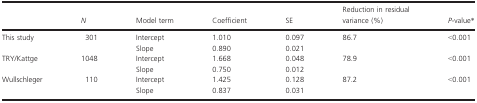
<table><thead><tr><td></td><td><b><i>N</i></b></td><td><b>Model term</b></td><td><b>Coefficient</b></td><td><b>SE</b></td><td><b>Reduction in residual variance (%)</b></td><td><b><i>P</i>-value*</b></td></tr></thead><tbody><tr><td>This study</td><td>301</td><td>Intercept</td><td>1.010</td><td>0.097</td><td>86.7</td><td>&lt;0.001</td></tr><tr><td></td><td></td><td>Slope</td><td>0.890</td><td>0.021</td><td></td><td></td></tr><tr><td>TRY/Kattge</td><td>1048</td><td>Intercept</td><td>1.668</td><td>0.048</td><td>78.9</td><td>&lt;0.001</td></tr><tr><td></td><td></td><td>Slope</td><td>0.750</td><td>0.012</td><td></td><td></td></tr><tr><td>Wullschleger</td><td>110</td><td>Intercept</td><td>1.425</td><td>0.128</td><td>87.2</td><td>&lt;0.001</td></tr><tr><td></td><td></td><td>Slope</td><td>0.837</td><td>0.031</td><td></td><td></td></tr></tbody></table>